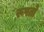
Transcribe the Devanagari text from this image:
रूपतो